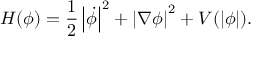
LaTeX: H ( \phi ) = { \frac { 1 } { 2 } } \left| { \dot { \phi } } \right| ^ { 2 } + \left| \nabla \phi \right| ^ { 2 } + V ( \left| \phi \right| ) .